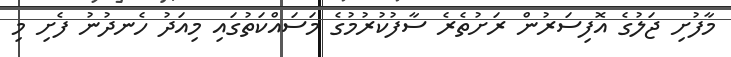
މާފުށި ޖަލުގެ އޮފިސަރުން ރަށުތެރެ ސާފުކުރުމުގެ މަސައްކަތުގައި މިއަދު ހެނދުނު ފެށި މި